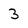
Character: 3